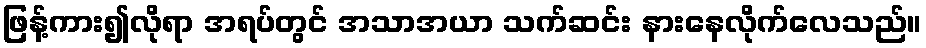
ဖြန့်ကား၍လိုရာ အရပ်တွင် အသာအယာ သက်ဆင်း နားနေလိုက်လေသည်။